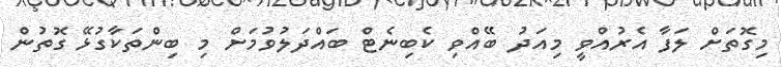
މިގޮތަށް ލަފާ އެރުއްވީ މިއަދު ބޭއްވި ކެބިނެޓް ބައްދަލުވުމަށް މި ބިންތަކާގުޅޭ ގޮތުން